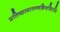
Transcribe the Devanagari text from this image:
प्रतिष्ठामातन्वन्निजशिरसि